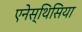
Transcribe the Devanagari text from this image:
एनेस्थिसिया